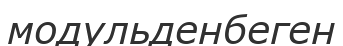
модульденбеген